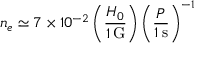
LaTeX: n _ { e } \simeq 7 \times 1 0 ^ { - 2 } \left( \frac { H _ { 0 } } { 1 \, \mathrm { G } } \right) \left( \frac { P } { 1 \, \mathrm { s } } \right) ^ { - 1 }